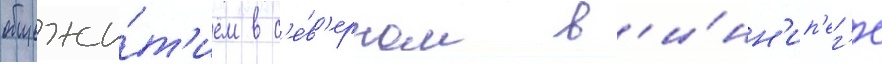
общежи́т'ием в с'е́в'ерном в'и́нн'ип'ег'е